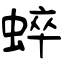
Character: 蜶